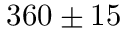
3 6 0 \pm { } 1 5